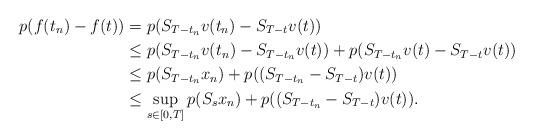
LaTeX: \begin{align*} p(f(t_{n})-f(t))&=p(S_{T-t_{n}}v(t_{n})-S_{T-t}v(t))\\&\leq p(S_{T-t_{n}}v(t_{n})-S_{{T}-t_{n}}v(t))+p(S_{T-t_{n}}v(t)-S_{T-t}v(t))\\&\leq p(S_{T-t_{n}}x_{n})+p((S_{T-t_{n}}-S_{T-t})v(t))\\&\leq \sup_{s\in[0,T]} p(S_{s}x_{n})+p((S_{T-t_{n}}-S_{T-t})v(t)).\end{align*}